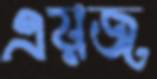
এয়জ